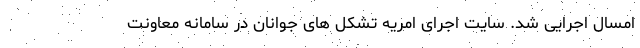
امسال اجرایی شد. سایت اجرای امریه تشکل های جوانان در سامانه معاونت